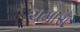
ચમારૉ